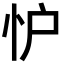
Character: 𢗼